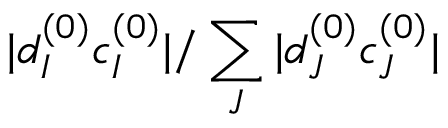
| d _ { I } ^ { ( 0 ) } c _ { I } ^ { ( 0 ) } | / \sum _ { J } | d _ { J } ^ { ( 0 ) } c _ { J } ^ { ( 0 ) } |